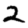
Digit: 2